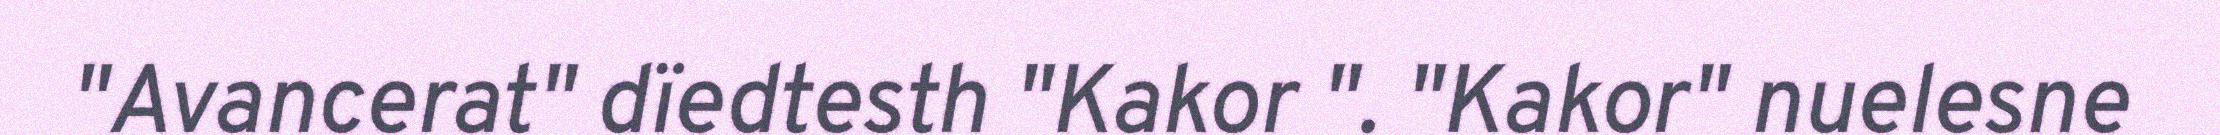
"Avancerat" dïedtesth "Kakor ". "Kakor" nuelesne